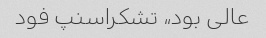
عالی بود،، تشکراسنپ فود